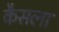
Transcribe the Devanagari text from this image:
कैसला